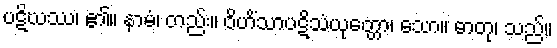
ပဋိဃဿ၊ ၏။ နာမံ၊ တည်း။ ဝိဟိံသာပဋိသံယုတ္တော၊ သော။ ဓာတု၊ သည်။